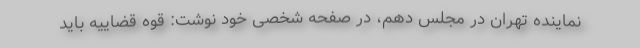
نماینده تهران در مجلس دهم، در صفحه شخصی خود نوشت: قوه قضاییه باید